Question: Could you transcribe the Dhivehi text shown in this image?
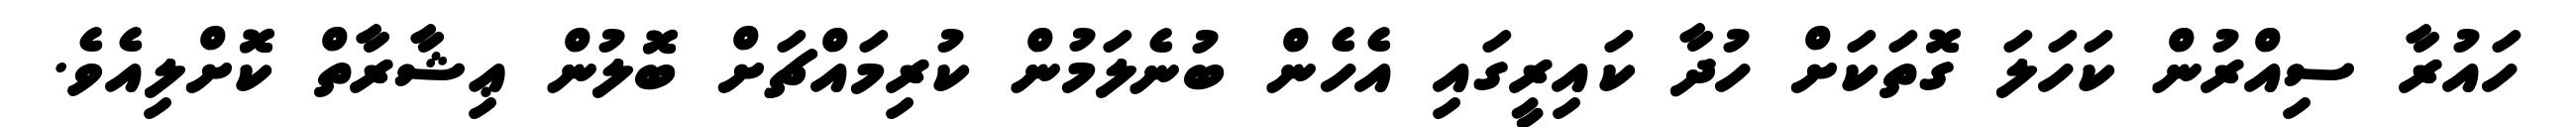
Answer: ހައުރާ ސިއްރުން ކަހަލަ ގޮތަކަށް ހުދާ ކައިރީގައި އެހެން ބުނެލަމުން ކުރިމައްޗަށް ބޮލުން ޢިޝާރާތް ކޮށްލިއެވެ.